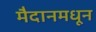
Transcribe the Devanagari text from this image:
मैदानमधून